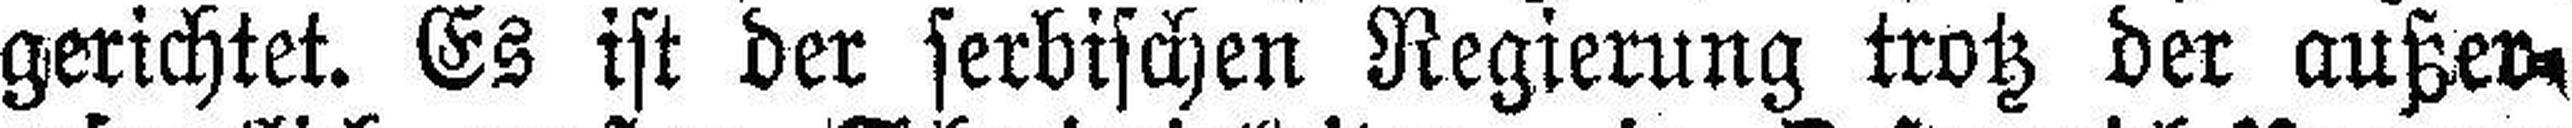
gerichtet. Es ist der serbischen Regierung trotz der außer¬